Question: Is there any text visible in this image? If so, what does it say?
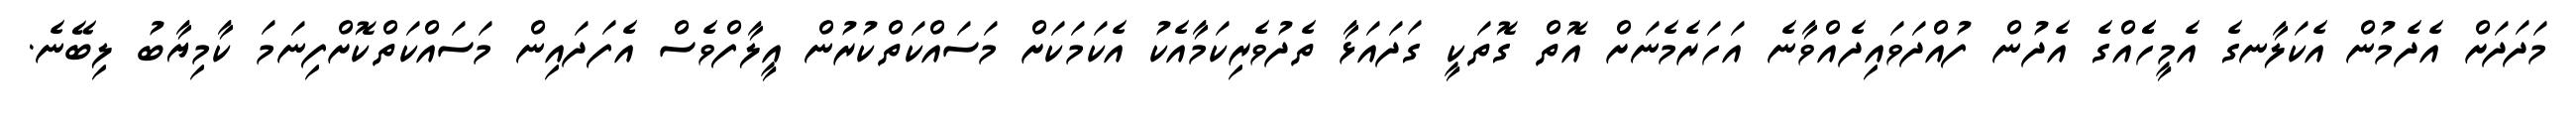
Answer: މަދަދަށް އެދެމުން އެކަލާނގެ އެމީހެެއްގެ އެދުން ފުއްދަވައިދެއްވާނެ އަހަރެމެނަށް އޮތް ގޮތަކީ ގަދައަޅާ ތެދުވެރިކަމާއެކު އެކަމަކަށް މަސައްކަތްކުރުން އީލާފްވެސް އެފަދައިން މަސައްކަތްކޮށްފިނަމަ ކާމިޔާބު ލިބޭނެ.